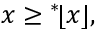
x \geq { } ^ { * } \! \lfloor x \rfloor ,